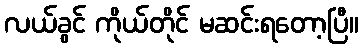
လယ်ခွင် ကိုယ်တိုင် မဆင်းရတော့ပြီ။